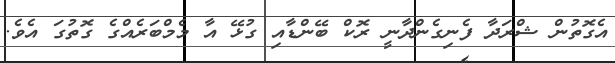
އެގޮތުން ޝްރަދާ ފެނިގެންދާނީ ރޮކް ބޭންޑާއި ގުޅޭ އާ މެމްބަރެއްގެ ގޮތުގަ އެވެ.